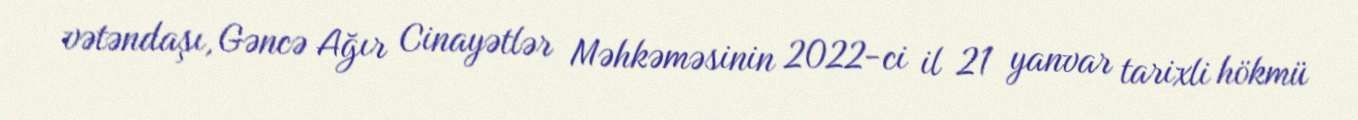
vətəndaşı, Gəncə Ağır Cinayətlər Məhkəməsinin 2022-ci il 21 yanvar tarixli hökmü